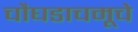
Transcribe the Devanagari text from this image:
चौघडाचमूचे